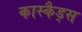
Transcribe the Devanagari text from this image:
कास्कैड्स